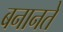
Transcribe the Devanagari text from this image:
बनानते